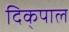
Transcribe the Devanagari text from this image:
दिक्‌पाल